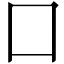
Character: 囗